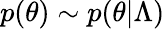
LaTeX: p(\theta)\sim p(\theta|\Lambda)